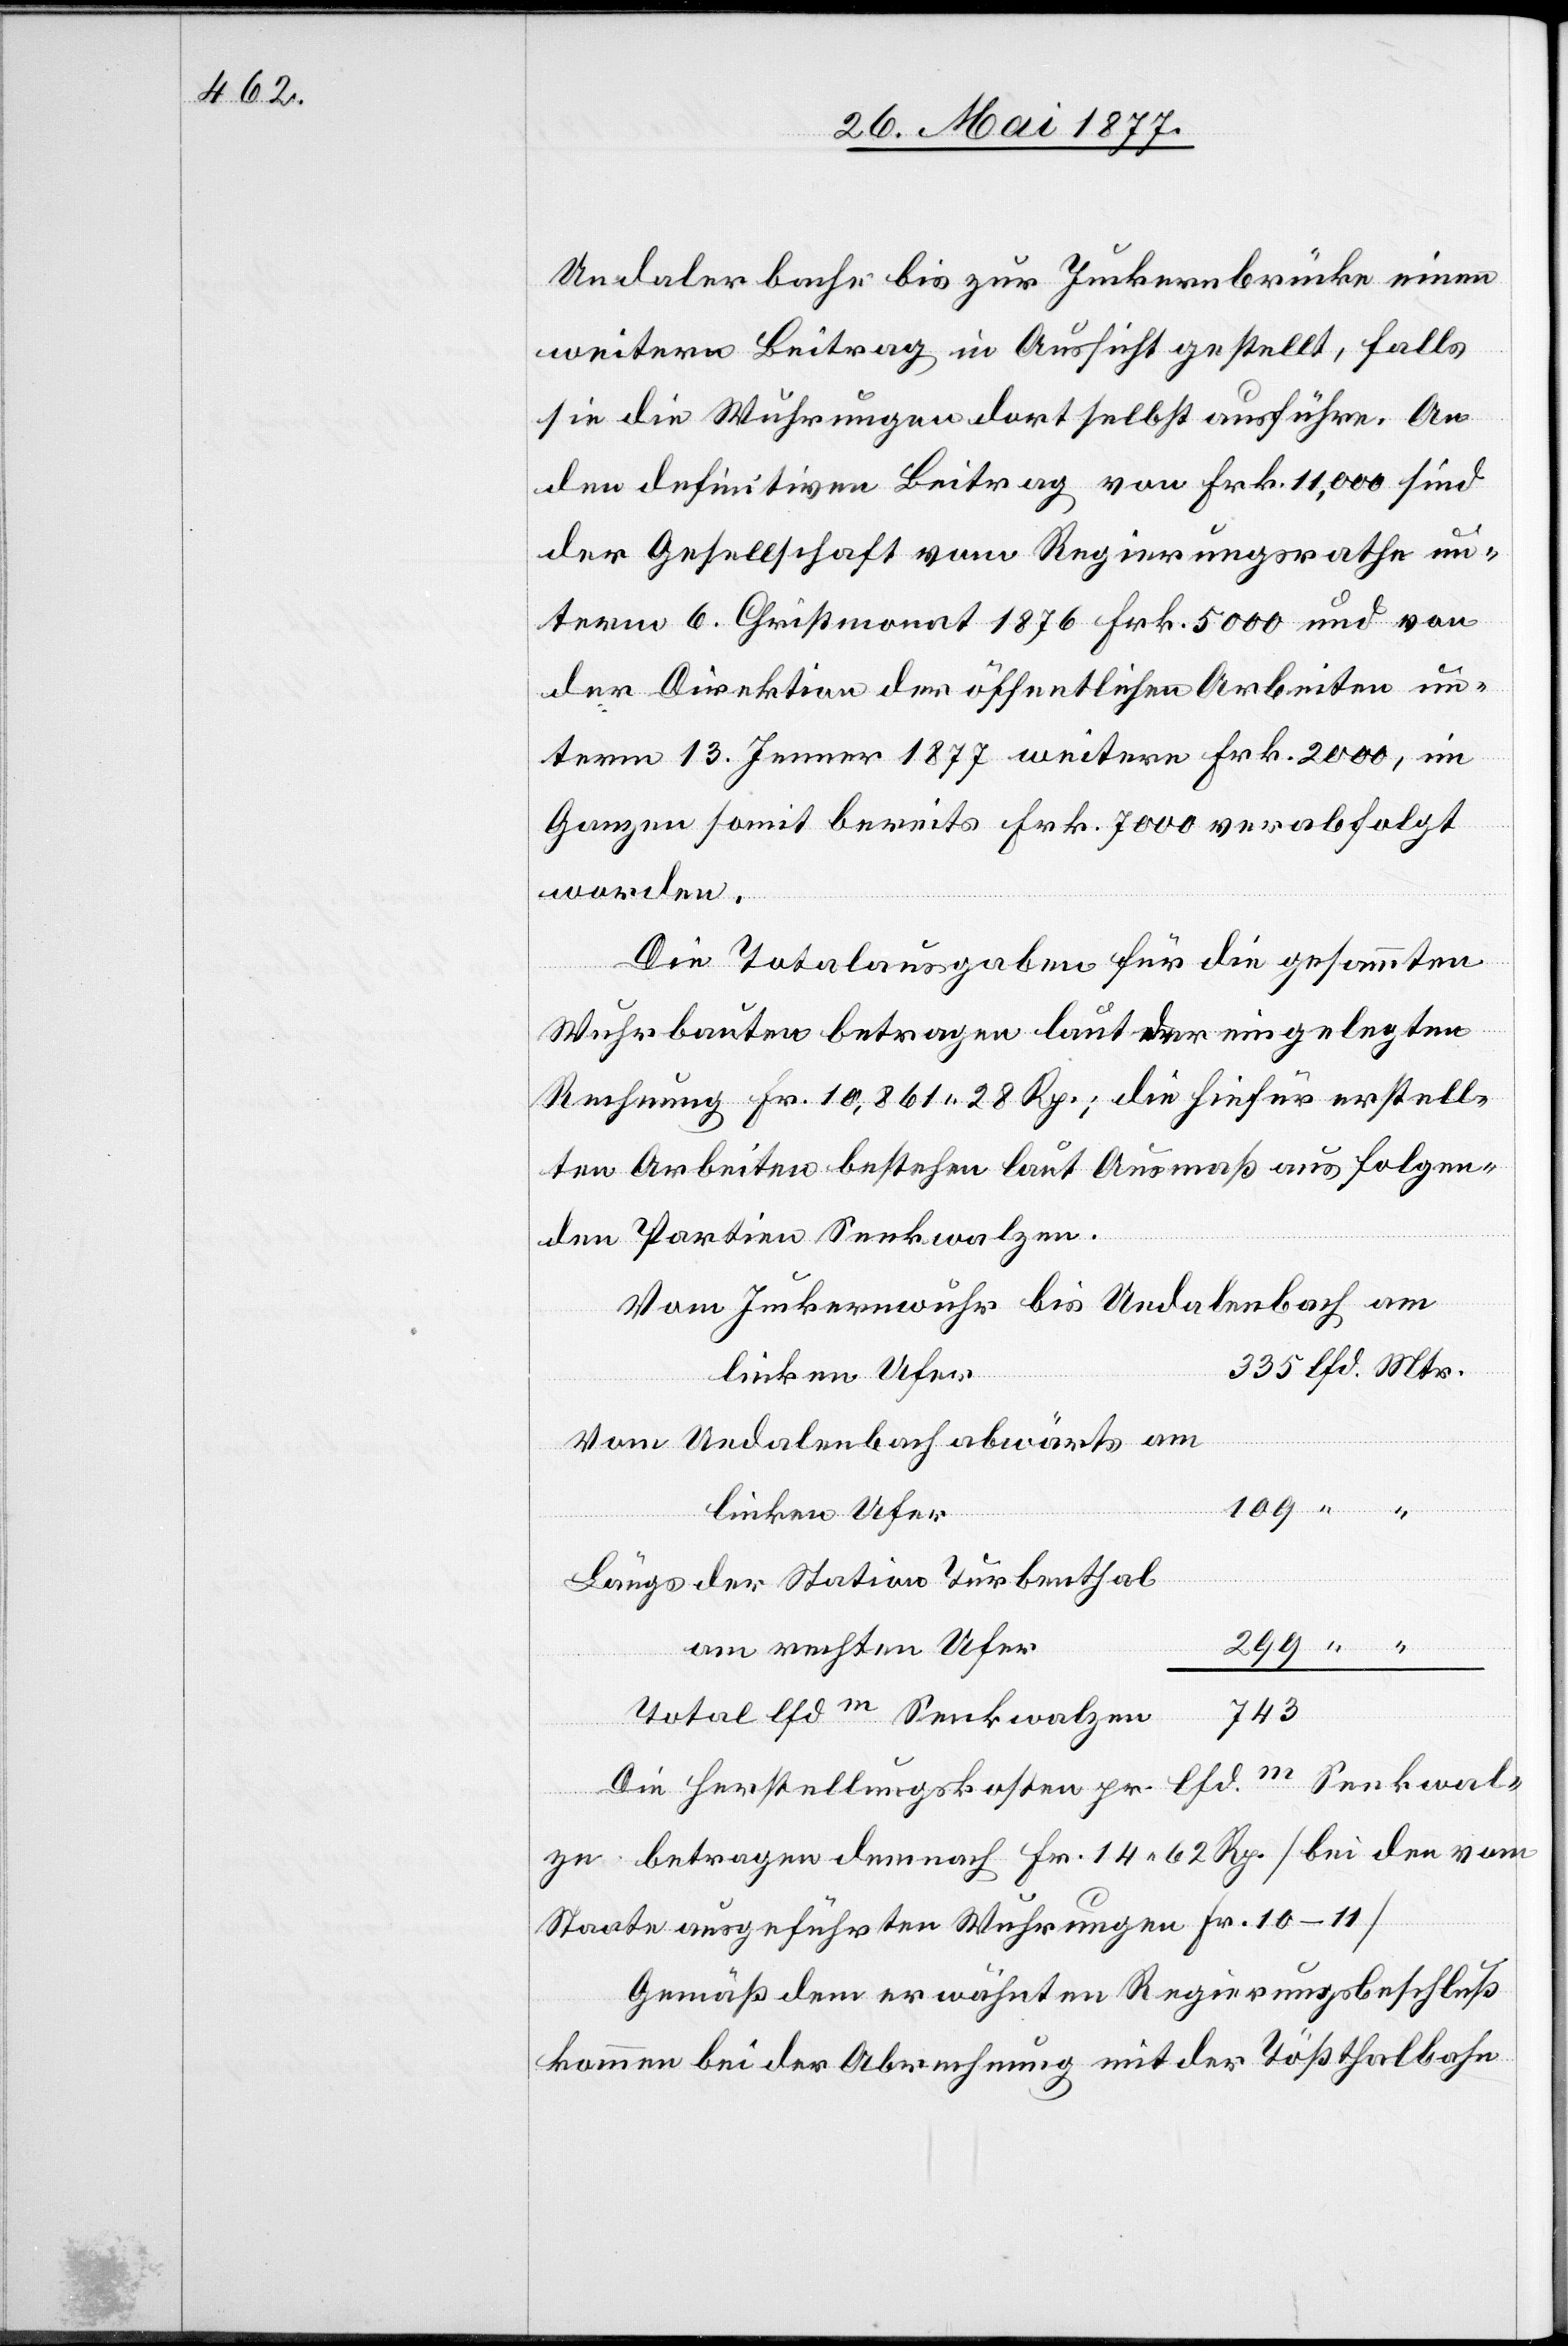
am
Undalerbache bis zur Juckernbrücke einen
weitern Beitrag in Aussicht gestellt, falls
sie die Wuhrungen dort selbst ausführe. An
den definitiven Beitrag von Frk. 11,000 sind
der Gesellschaft vom Regierungsrathe un¬
term 6. Christmonat 1876 Frk. 5000 und von
der Direktion der öffentlichen Arbeiten un¬
term 13. Jenner 1877 weitre Frk. 2000, im
ganzen somit bereits Frk. 7000 verabfolgt
worden.
Die Totalausgaben für die gesammten
Wuhrarbeiten betragen laut der eingelegten
Rechnung Frk. 10,861 28 Rp. die hiefür erstell¬
ten Arbeiten bestehen laut Ausmaß aus folgen¬
den Partien Senkwalzen.
Vom Juckernwuhr bis Undalenbach
linken Ufer
Vom Undalenbach abwärts am
linken Ufer
Längs der Station Turbenthal
am rechten Ufer
743
Total lfd m Senkwalzen
Die Herstellungskosten pr. lfd. m Senkwal¬
zen betragen demnach Fr. 14 62 Rp. [Bei den vom
Staate ausgeführten Wuhrungen Fr. 10–11]
Gemäß dem erwähnten Regierungsbeschluß
kommen bei der Abrechnung mit der Tößthalbahn